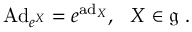
\mathrm { A d } _ { e ^ { X } } = e ^ { \mathrm { a d } _ { X } } , ~ ~ X \in { \mathfrak { g } } ~ .